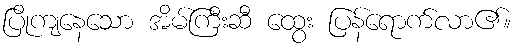
ပြိုကျနေသော အိမ်ကြီးဆီ ထွေး ပြန်ရောက်လာ၏။